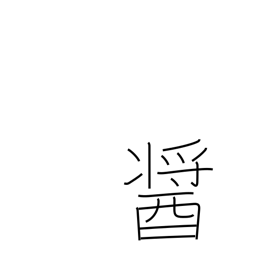
Meaning: a kind of miso